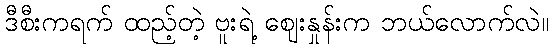
ဒီစီးကရက် ထည့်တဲ့ ဗူးရဲ့ ဈေးနှုန်းက ဘယ်လောက်လဲ။